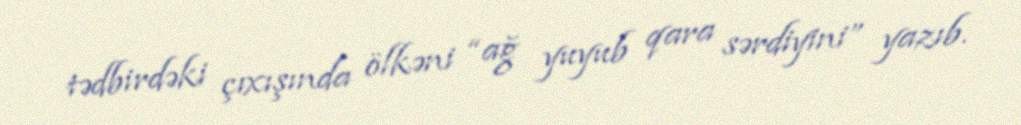
tədbirdəki çıxışında ölkəni “ağ yuyub qara sərdiyini” yazıb.